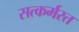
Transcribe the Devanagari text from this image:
सत्कर्मरत